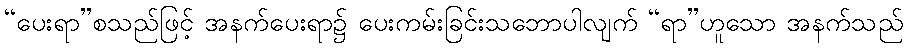
“ပေးရာ”စသည်ဖြင့် အနက်ပေးရာ၌ ပေးကမ်းခြင်းသဘောပါလျက် “ရာ”ဟူသော အနက်သည်